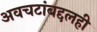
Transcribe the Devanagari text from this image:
अवचटांबद्दलही